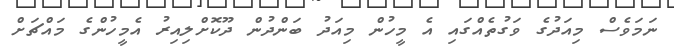
ނަމަވެސް މިއަދުގެ ވަގުތެއްގައި އެ މީހުން މިއަދު ބަންދުން ދޫކޮށްލިއިރު އެމީހުންގެ މައްޗަށް